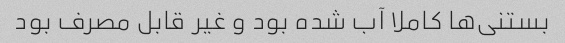
بستنی‌ها کاملا آب شده بود و غیر قابل مصرف بود